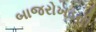
બાજરોખડની